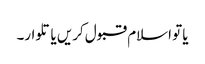
یا تو اسلام قبول کریں یا تلوار۔